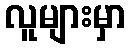
လူများမှာ